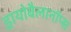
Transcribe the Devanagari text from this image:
ड्रायोबैलानॉप्स